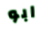
ابو